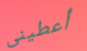
أعطينى